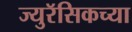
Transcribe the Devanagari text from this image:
ज्युरॅसिकच्या